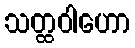
သတ္ထဝါဟော